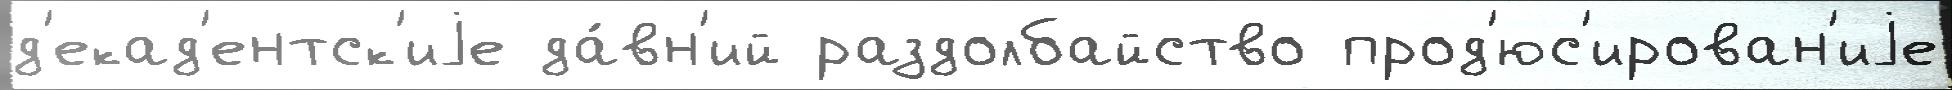
д'екад'ентск'иjе да́вн'ий раздолбайство прод'юс'ирован'иjе